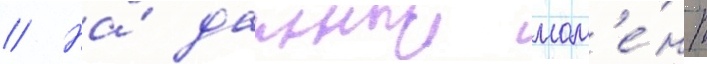
// На́ данныи мом'е́нт